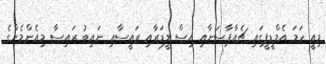
މިއީ ހަމަ އެމްޑީޕީގައި ޗެއާޕާސަނާއި އިސް ލީޑަރާއި ރައީސާއި ނައިބު ރައިސާ މިއެންމެންގެ